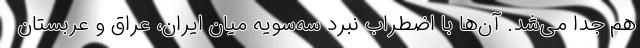
هم جدا می‌شد. آن‌ها با اضطراب نبرد سه‌سویه میان ایران، عراق و عربستان